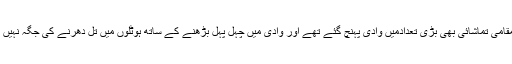
اس موقع پر مقامی تماشائی بھی بڑی تعدادمیں وادی پہنچ گئے تھے اور وادی میں چہل پہل بڑھنے کے ساتھ ہوٹلوں میں تل دھرنے کی جگہ نہیں مل رہی تھی۔